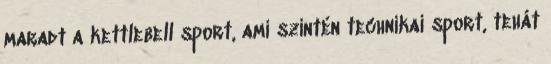
maradt a kettlebell sport, ami szintén technikai sport, tehát